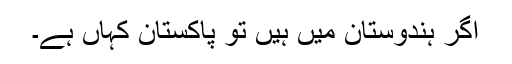
اگر ہندوستان میں ہیں تو پاکستان کہاں ہے۔